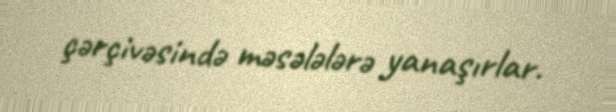
çərçivəsində məsələlərə yanaşırlar.